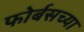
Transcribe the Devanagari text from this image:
फोर्बसच्या